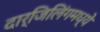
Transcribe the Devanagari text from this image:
दार्जिलिंगमध्ये